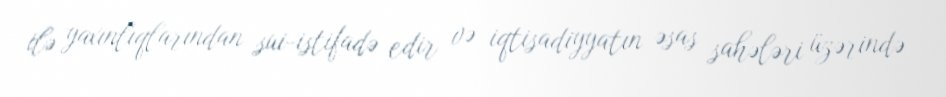
ilə yaxınlıqlarından sui-istifadə edir və iqtisadiyyatın əsas sahələri üzərində